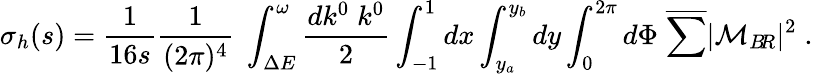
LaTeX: \sigma_{h}(s)=\frac{1}{16s}\frac{1}{(2\pi)^{4}}\; \int_{\Delta E}^{\omega}\frac{dk^{0}\; k^{0}}{2}\int_{-1}^{1}dx\int_{y_{a}}^{y_{b}}dy\int_{0}^{2\pi}d\Phi\; \overline{{{\sum}}}|{\cal M}_{B\! R}|^{2}\; .